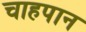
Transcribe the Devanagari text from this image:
चाहपान